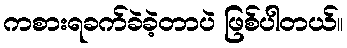
ကစားရခက်ခဲခဲ့တာပဲ ဖြစ်ပါတယ်။